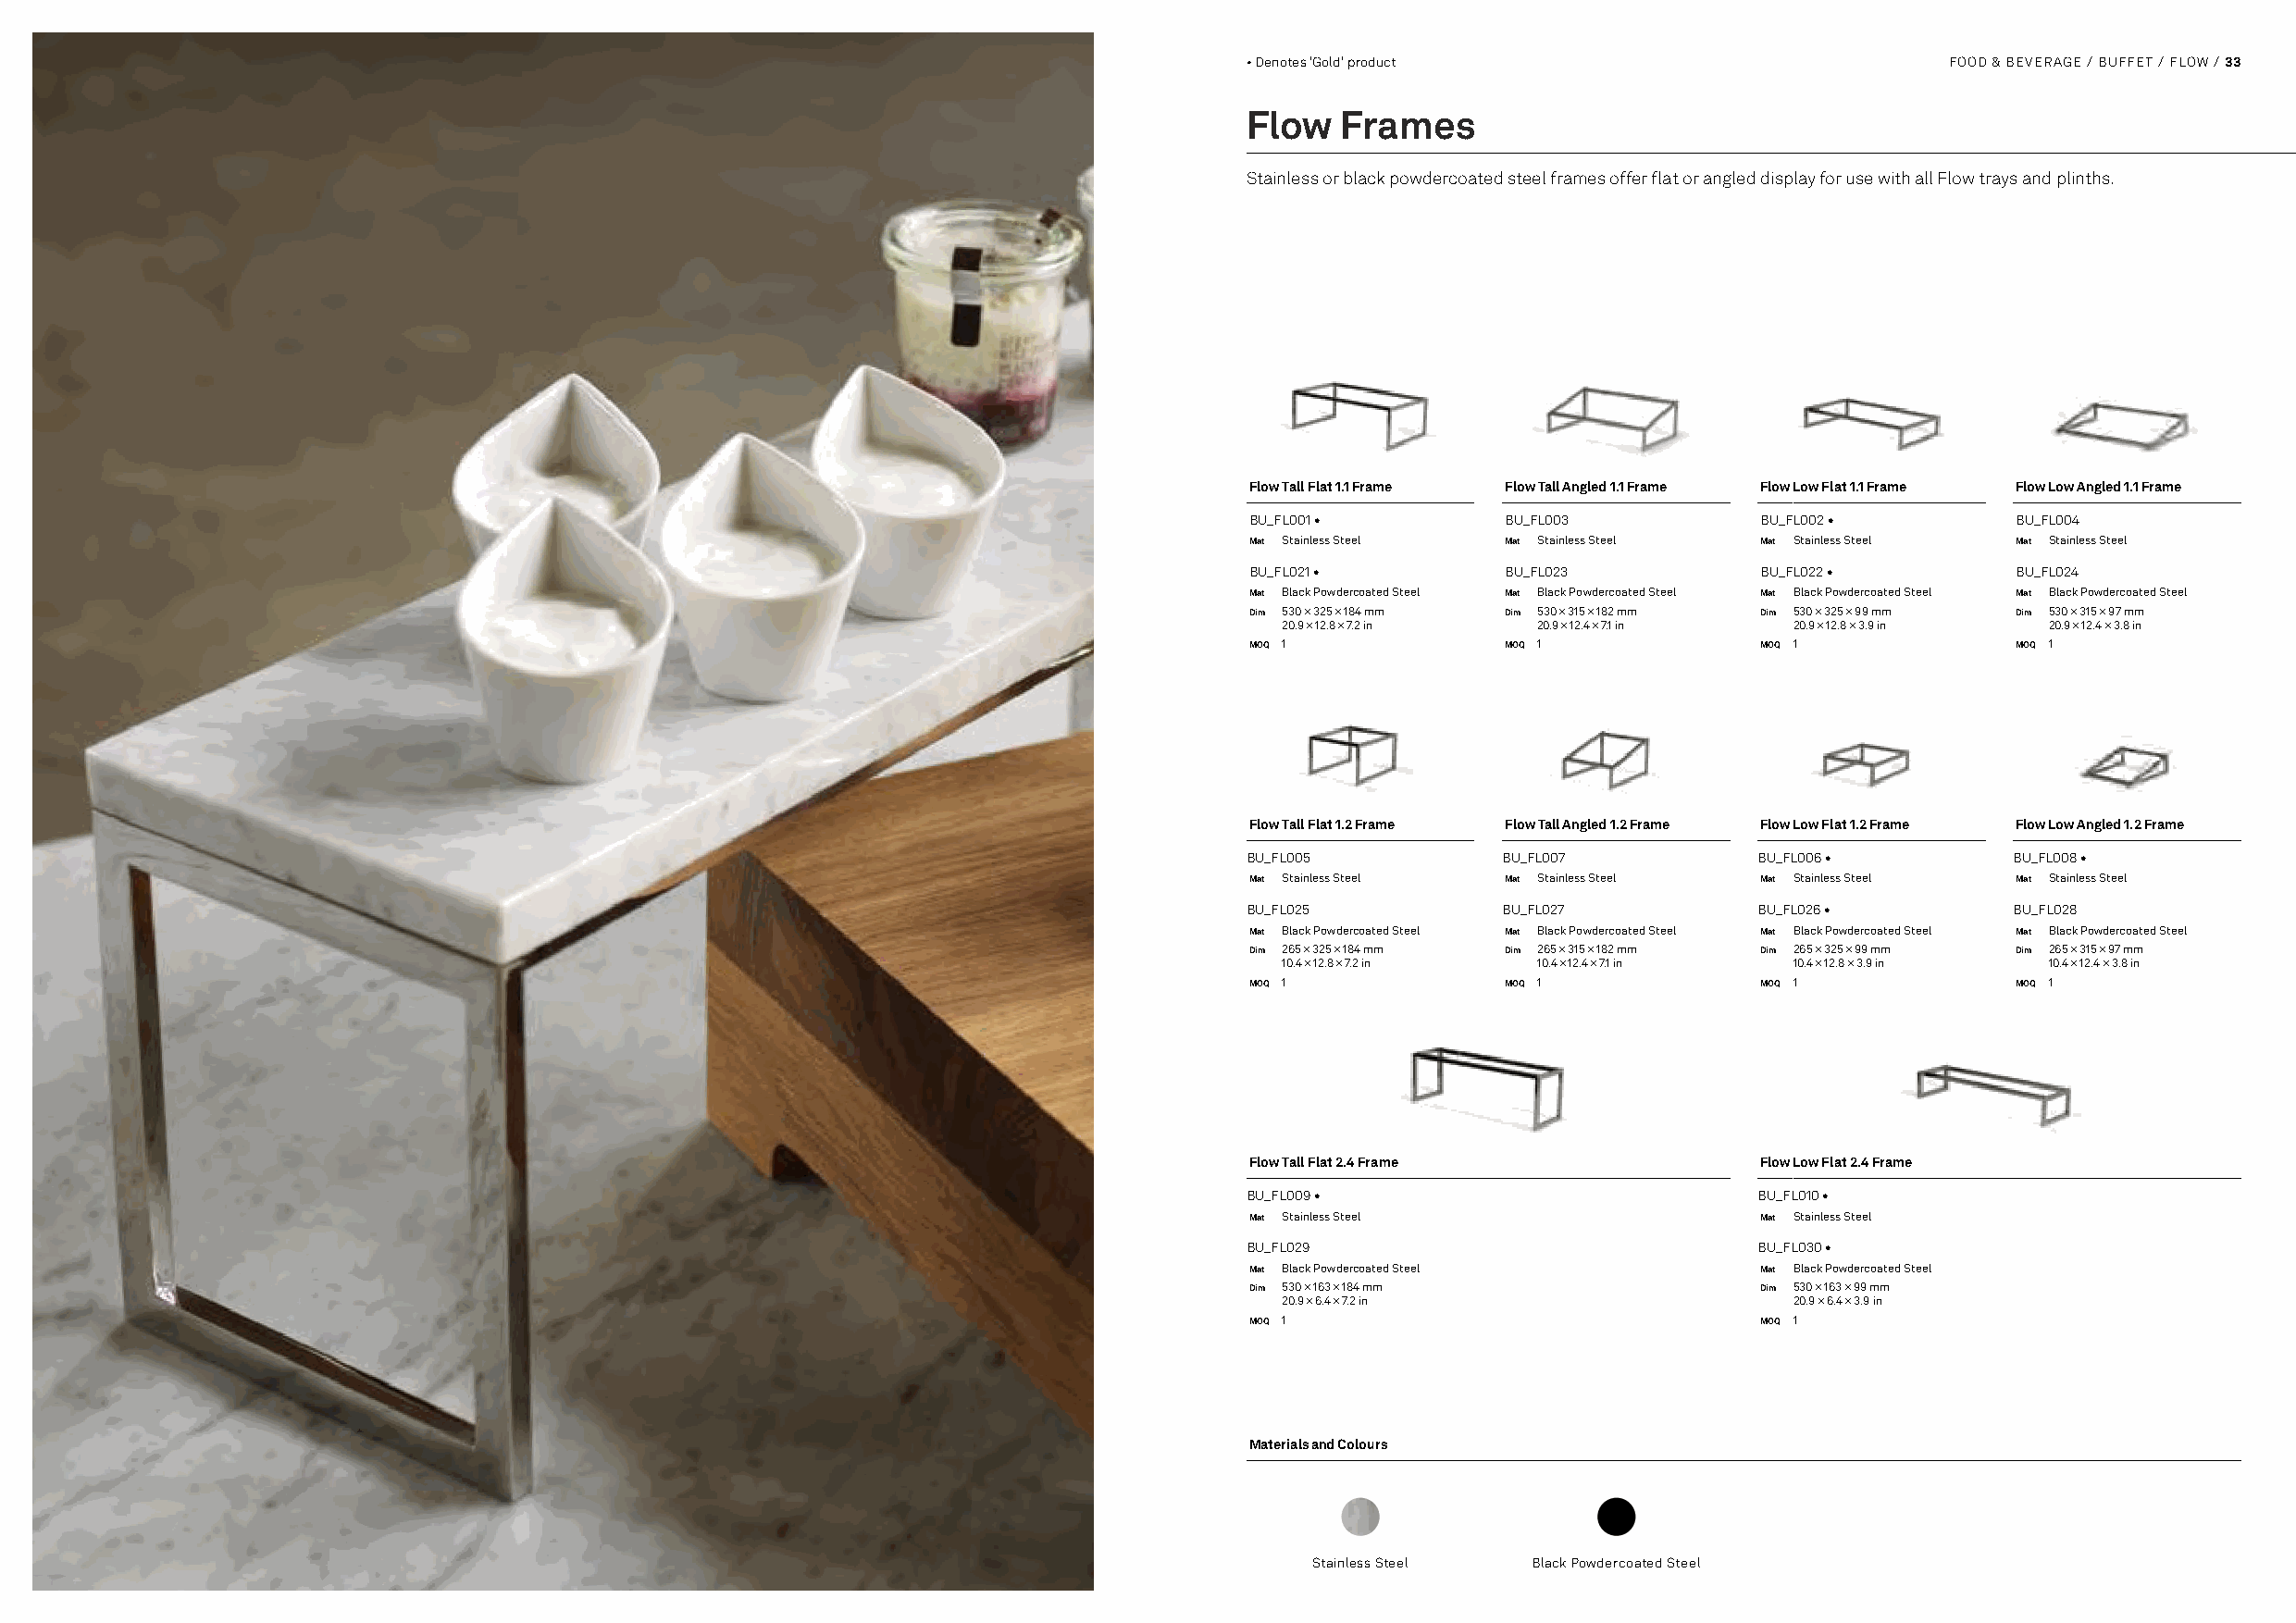
• Denotes 'Gold' product                          FOOD & BEVERAGE / BUFFET / FLOW / 33
 Flow   Frames
 Stainless or black powdercoated steel frames offer flat or angled display for use with all Flow trays and plinths.
 Flow Tall Flat 1.1 Frame Flow Tall Angled 1.1 Frame Flow Low Flat 1.1 Frame Flow Low Angled 1.1 Frame
 BU_FL001 •         BU_FL003          BU_FL002 •        BU_FL004
 Mat Stainless Steel Mat Stainless Steel Mat Stainless Steel Mat Stainless Steel
 BU_FL021 •         BU_FL023          BU_FL022 •        BU_FL024
 Mat Black Powdercoated Steel Mat Black Powdercoated Steel Mat Black Powdercoated Steel Mat Black Powdercoated Steel
 Dim 530 × 325 × 184 mm Dim 530 × 315 × 182 mm Dim 530 × 325 × 99 mm Dim 530 × 315 × 97 mm
 20.9 × 12.8 × 7.2 in 20.9 × 12.4 × 7.1 in 20.9 × 12.8 × 3.9 in 20.9 × 12.4 × 3.8 in
 MOQ 1              MOQ 1             MOQ 1             MOQ 1
 Flow Tall Flat 1.2 Frame Flow Tall Angled 1.2 Frame Flow Low Flat 1.2 Frame Flow Low Angled 1.2 Frame
 BU_FL005          BU_FL007           BU_FL006 •        BU_FL008 •
 Mat Stainless Steel Mat Stainless Steel Mat Stainless Steel Mat Stainless Steel
 BU_FL025          BU_FL027           BU_FL026 •        BU_FL028
 Mat Black Powdercoated Steel Mat Black Powdercoated Steel Mat Black Powdercoated Steel Mat Black Powdercoated Steel
 Dim 265 × 325 × 184 mm Dim 265 × 315 × 182 mm Dim 265 × 325 × 99 mm Dim 265 × 315 × 97 mm
 10.4 × 12.8 × 7.2 in 10.4 × 12.4 × 7.1 in 10.4 × 12.8 × 3.9 in 10.4 × 12.4 × 3.8 in
 MOQ 1              MOQ 1             MOQ 1             MOQ 1
 Flow Tall Flat 2.4 Frame             Flow Low Flat 2.4 Frame
 BU_FL009 •                           BU_FL010 •
 Mat Stainless Steel                  Mat Stainless Steel
 BU_FL029                             BU_FL030 •
 Mat Black Powdercoated Steel         Mat Black Powdercoated Steel
 Dim 530 × 163 × 184 mm               Dim 530 × 163 × 99 mm
 20.9 × 6.4 × 7.2 in                 20.9 × 6.4 × 3.9 in
 MOQ 1                                MOQ 1
 Materials and Colours
 Stainless Steel Black Powdercoated Steel